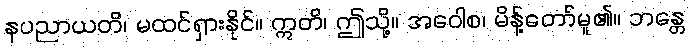
နပညာယတိ၊ မထင်ရှားနိုင်။ ဣတိ၊ ဤသို့။ အဝေါစ၊ မိန့်တော်မူ၏။ ဘန္တေ